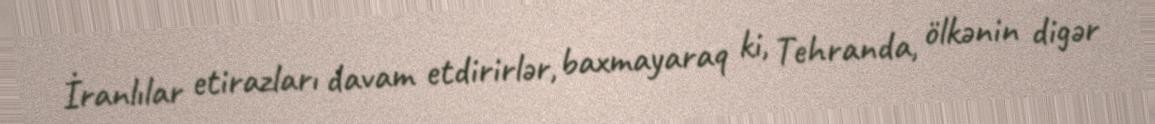
İranlılar etirazları davam etdirirlər, baxmayaraq ki, Tehranda, ölkənin digər